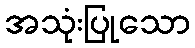
အသုံးပြုသော